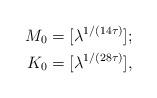
LaTeX: \begin{align*}M_0 &= [\lambda^{1/(14\tau)}]; \\K_0 &= [\lambda^{1/(28\tau)}],\end{align*}